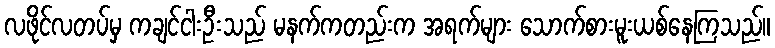
လဖိုင်လတပ်မှ ကချင်ငါးဦးသည် မနက်ကတည်းက အရက်များ သောက်စားမူးယစ်နေကြသည်။